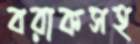
বরাকসহ